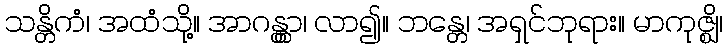
သန္တိကံ၊ အထံသို့။ အာဂန္တွာ၊ လာ၍။ ဘန္တေ၊ အရှင်ဘုရား။ မာကုဇ္ဈိ၊